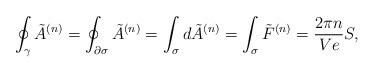
LaTeX: \begin{align*}\oint_{\gamma} \tilde{A}^{(n)} = \oint_{\partial \sigma} \tilde{A}^{(n)} = \int_{\sigma} d\tilde{A}^{(n)} = \int_{\sigma} \tilde{F}^{(n)} = \frac{2\pi n}{Ve} S,\end{align*}